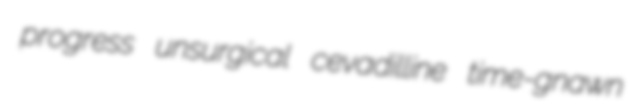
progress unsurgical cevadilline time-gnawn